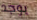
يوجد